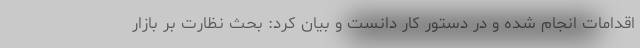
اقدامات انجام شده و در دستور کار دانست و بیان کرد: بحث نظارت بر بازار